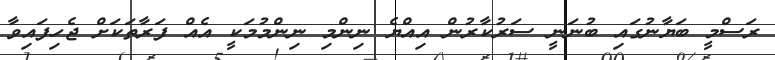
ރަސްމީ ބަޔާނުގައި ބުނަނީ ސަރުކާރުން އިއްޔެ ނިންމި ނިންމުމަކީ އެއް ފަރާތަކަށް ޖެހިފައިވާ